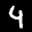
Label: 4